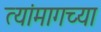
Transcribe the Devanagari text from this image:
त्यांमागच्या